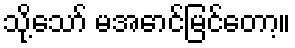
သို့သော် မအောင်မြင်တော့။